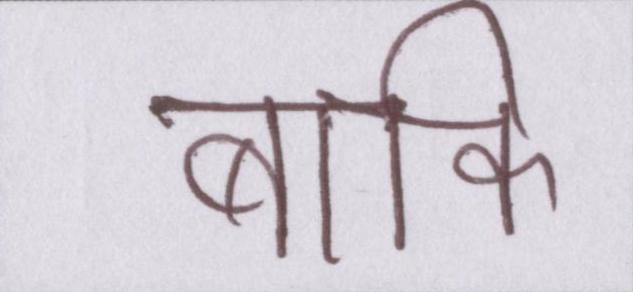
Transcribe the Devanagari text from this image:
बाकि